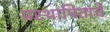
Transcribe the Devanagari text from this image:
प्रस्थापितांचे